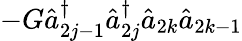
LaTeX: -G\hat{a}_{2j-1}^{\dagger}\hat{a}_{2j}^{\dagger}\hat{a}_{2k}\hat{a}_{2k-1}